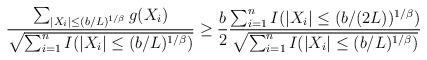
LaTeX: \begin{align*} \frac{\sum_{|X_i|\le(b/L)^{1/\beta}} g(X_i)}{\sqrt{\sum_{i=1}^nI(|X_i|\le(b/L)^{1/\beta})}} \ge\frac{b}{2}\frac{\sum_{i=1}^n I(|X_i|\le(b/(2L))^{1/\beta})}{\sqrt{\sum_{i=1}^n I(|X_i|\le(b/L)^{1/\beta})}}\end{align*}